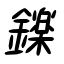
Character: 鑠